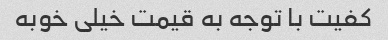
کفیت با توجه به قیمت خیلی خوبه